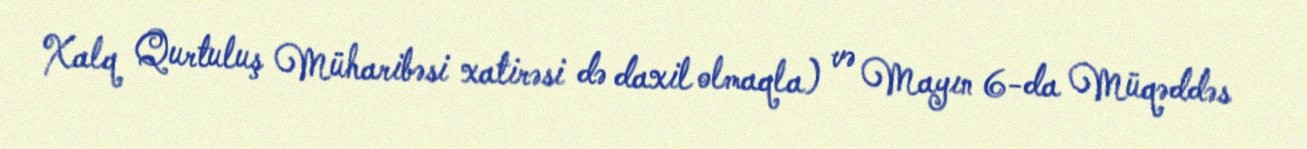
Xalq Qurtuluş Müharibəsi xatirəsi də daxil olmaqla) və Mayın 6-da Müqəddəs